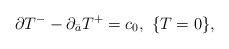
\begin{align*}\partial T^{-} - \partial_{\bar{a}} T^{+} = c_0, \ \{T=0\},\end{align*}